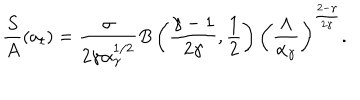
LaTeX: \frac { S } { A } ( a _ { t } ) = \frac { \sigma } { 2 \gamma \alpha _ { \gamma } ^ { 1 / 2 } } B \left( \frac { \gamma - 1 } { 2 \gamma } , \frac { 1 } { 2 } \right) \left( \frac { \Lambda } { \alpha _ { \gamma } } \right) ^ { \frac { 2 - \gamma } { 2 \gamma } } .